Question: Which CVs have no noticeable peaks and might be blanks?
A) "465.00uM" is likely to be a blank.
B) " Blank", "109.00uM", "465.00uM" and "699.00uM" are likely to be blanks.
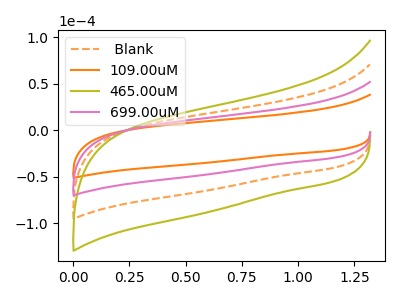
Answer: <think>The orange dashed curve " Blank" has no peaks. The orange curve "109.00uM" has no peaks. The olive curve "465.00uM" has no peaks. The pink curve "699.00uM" has no peaks.</think>
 <answer>B) " Blank", "109.00uM", "465.00uM" and "699.00uM" are likely to be blanks.</answer>
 <eval>B</eval>